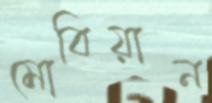
মোবিয়ান